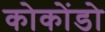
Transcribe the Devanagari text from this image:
कोकोंडो